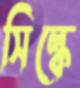
সিল্কে